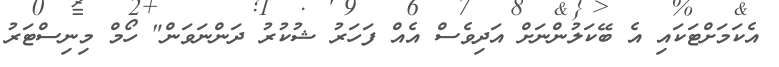
އެކަމަށްޓަކައި އެ ބޭކަލުންނަށް އަދިވެސް އެއް ފަހަރު ޝުކުރު ދަންނަވަން" ހޯމް މިނިސްޓަރު